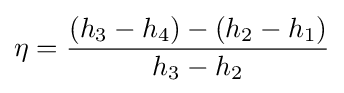
\eta ={(h_{3}-h_{4})-(h_{2}-h_{1}) \over h_{3}-h_{2}}